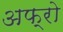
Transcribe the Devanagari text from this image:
अफ्रो